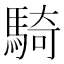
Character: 騎